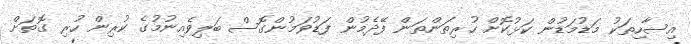
އިސާހިތަކު މަޑުމަޑުން ކަޅުކޮށް ހުރިތަންތަން ފޭދެމުން ފަޑުވަމުންގޮސް ބަލިވެއިނުމުގެ ކުރިން ހުރި ގޮތަށް